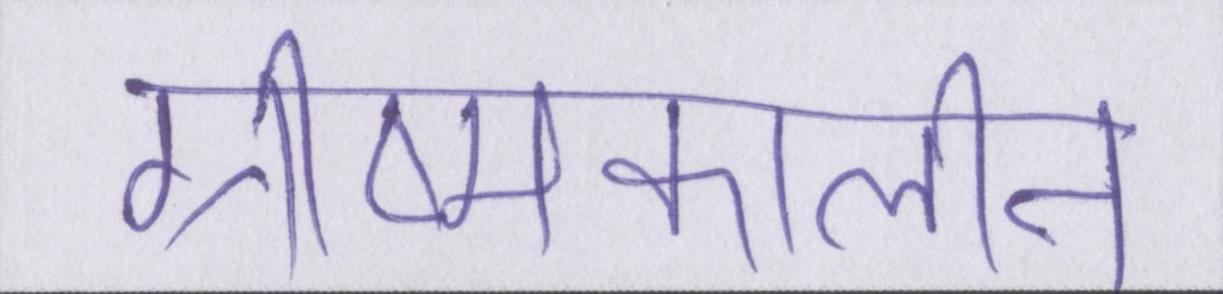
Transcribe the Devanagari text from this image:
ग्रीष्मकालीन